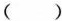
()